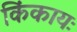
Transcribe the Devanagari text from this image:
किंकायः